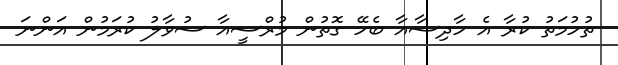
ތުހުމަތު ކުރާ އެ ހާދިސާއާ ބެހޭ ގޮތުން މުރްސީއާ ސުވާލު ކުރަމުން އަންނަ